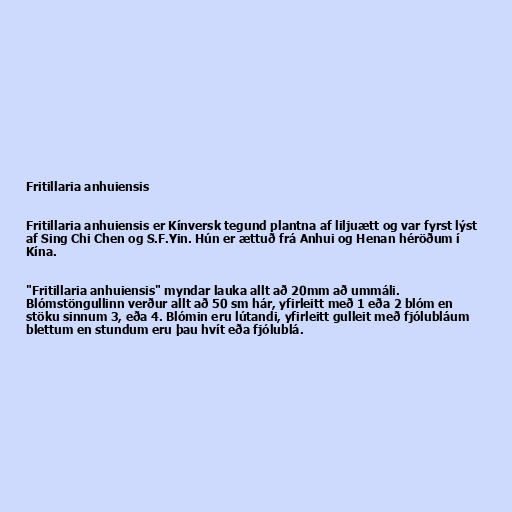
Fritillaria anhuiensis

Fritillaria anhuiensis er Kínversk tegund plantna af liljuætt og var fyrst lýst
af Sing Chi Chen og S.F.Yin. Hún er ættuð frá Anhui og Henan héröðum í
Kína.

"Fritillaria anhuiensis" myndar lauka allt að 20mm að ummáli.
Blómstöngullinn verður allt að 50 sm hár, yfirleitt með 1 eða 2 blóm en
stöku sinnum 3, eða 4. Blómin eru lútandi, yfirleitt gulleit með fjólubláum
blettum en stundum eru þau hvít eða fjólublá.